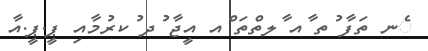
ެނ ތަފާ ުތ ާއ ާލތްތަ ްއ އީޖާ ުދ ުކރުމާއި ޕީ.ޕީ.އާ